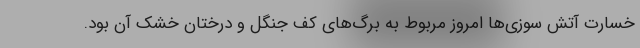
خسارت آتش سوزی‌ها امروز مربوط به برگ‌های کف جنگل و درختان خشک آن بود.